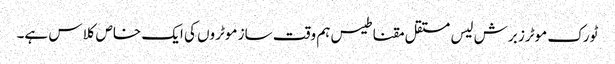
ٹورک موٹرز برش لیس مستقل مقناطیس ہم وقت ساز موٹروں کی ایک خاص کلاس ہے۔